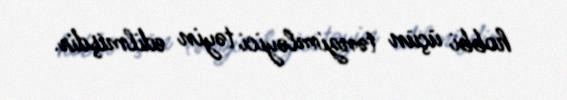
hobbi üçün tənzimləyici təyin edilmişdir.